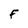
Character: F